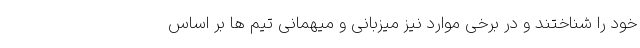
خود را شناختند و در برخی موارد نیز میزبانی و میهمانی تیم ها بر اساس